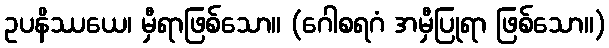
ဥပနိဿယေ၊ မှီရာဖြစ်သော။ (ဂေါစရဂံ အမှီပြုရာ ဖြစ်သော။)